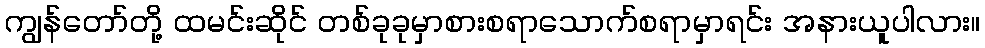
ကျွန်တော်တို့ ထမင်းဆိုင် တစ်ခုခုမှာစားစရာသောက်စရာမှာရင်း အနားယူပါလား။